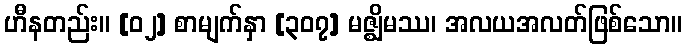
ဟီနတည်း။ [၀၂] စာမျက်နှာ [၃၀၇] မဇ္ဈိမဿ၊ အလယအလတ်ဖြစ်သော။